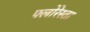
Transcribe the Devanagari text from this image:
फ्लोरेस्ता